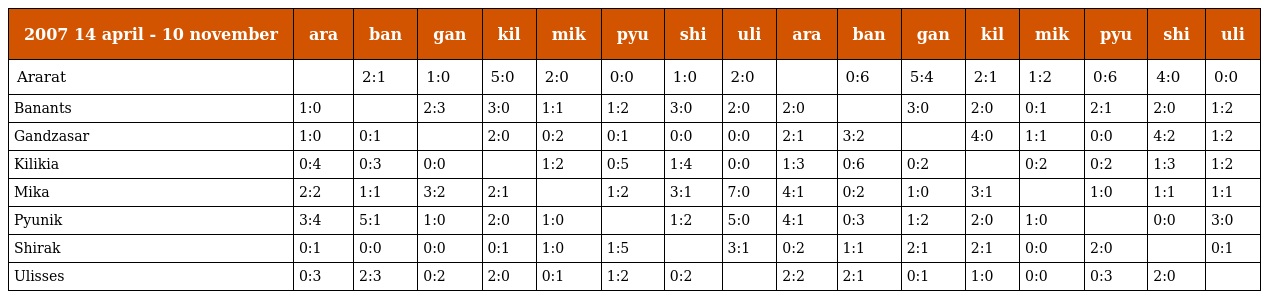
| 2007 14 april - 10 november | ara | ban | gan | kil | mik | pyu | shi | uli | ara | ban | gan | kil | mik | pyu | shi | uli |
 | --- | --- | --- | --- | --- | --- | --- | --- | --- | --- | --- | --- | --- | --- | --- | --- | --- |
 | Ararat |  | 2:1 | 1:0 | 5:0 | 2:0 | 0:0 | 1:0 | 2:0 |  | 0:6 | 5:4 | 2:1 | 1:2 | 0:6 | 4:0 | 0:0 |
 | Banants | 1:0 |  | 2:3 | 3:0 | 1:1 | 1:2 | 3:0 | 2:0 | 2:0 |  | 3:0 | 2:0 | 0:1 | 2:1 | 2:0 | 1:2 |
 | Gandzasar | 1:0 | 0:1 |  | 2:0 | 0:2 | 0:1 | 0:0 | 0:0 | 2:1 | 3:2 |  | 4:0 | 1:1 | 0:0 | 4:2 | 1:2 |
 | Kilikia | 0:4 | 0:3 | 0:0 |  | 1:2 | 0:5 | 1:4 | 0:0 | 1:3 | 0:6 | 0:2 |  | 0:2 | 0:2 | 1:3 | 1:2 |
 | Mika | 2:2 | 1:1 | 3:2 | 2:1 |  | 1:2 | 3:1 | 7:0 | 4:1 | 0:2 | 1:0 | 3:1 |  | 1:0 | 1:1 | 1:1 |
 | Pyunik | 3:4 | 5:1 | 1:0 | 2:0 | 1:0 |  | 1:2 | 5:0 | 4:1 | 0:3 | 1:2 | 2:0 | 1:0 |  | 0:0 | 3:0 |
 | Shirak | 0:1 | 0:0 | 0:0 | 0:1 | 1:0 | 1:5 |  | 3:1 | 0:2 | 1:1 | 2:1 | 2:1 | 0:0 | 2:0 |  | 0:1 |
 | Ulisses | 0:3 | 2:3 | 0:2 | 2:0 | 0:1 | 1:2 | 0:2 |  | 2:2 | 2:1 | 0:1 | 1:0 | 0:0 | 0:3 | 2:0 |  |